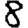
Digit: 8